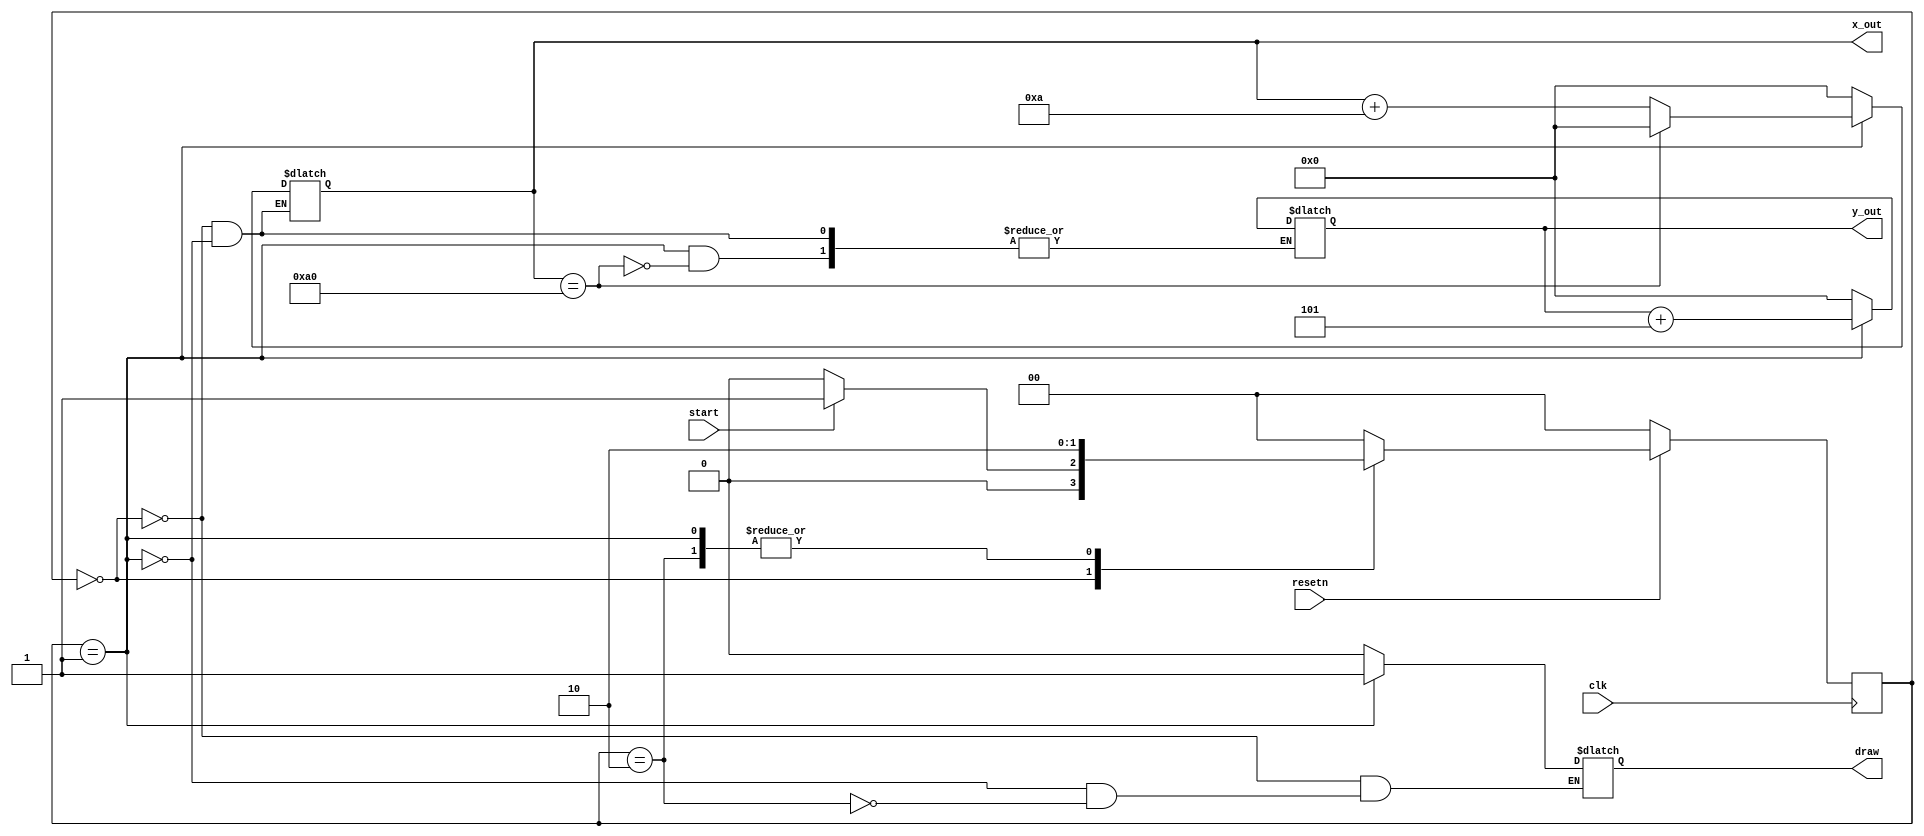
module brick_draw_fsm(
		input clk,
		input resetn,
		input start,
		
		output reg draw, 
		output reg [9:0] x_out, y_out
	);
	
	reg [1:0] current_state, next_state;
	
	localparam S_INIT = 2'd0,
				  S_DRAW = 2'd1,
				  S_WAIT = 2'd2;
				  
	always @(*) begin
		case(current_state)
			S_INIT: next_state = (start) ? S_DRAW : S_INIT;
			S_DRAW: next_state = S_WAIT;
			S_WAIT: begin
				if(start)begin
					next_state = (y_out == 10'd20) ? S_INIT : S_DRAW;
				end
					next_state = S_WAIT;
			end
			default: next_state = S_INIT;
			
		endcase
	end
	
	always @(*) begin
		case(current_state)
			S_INIT: begin
				x_out <= 10'd0;
				y_out <= 10'd0;
				
				draw <= 1'd0;
			end
			S_DRAW: begin
				x_out <= x_out + 10'd10;
				if(x_out == 10'd160) begin
					x_out <= 10'd0;
					y_out <= y_out + 10'd5;
				end
				
				draw <= 1'd1;
			end
			S_WAIT: begin
				draw <= 1'd0;
			end
		endcase
	end 
	
	always @(posedge clk) begin
		if(!resetn) 
			current_state = S_INIT;
		else
			current_state = next_state;
	end 
	
endmodule